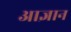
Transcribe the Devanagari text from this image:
आज्ञान